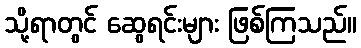
သို့ရာတွင် ဆွေရင်းများ ဖြစ်ကြသည်။